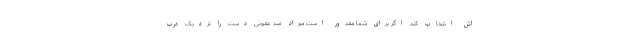
اش انتخاب کند. اگر برای شما مقدور است مواد ضد عفونی دست را نزدیک درب